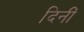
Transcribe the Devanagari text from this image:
दिनीं